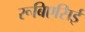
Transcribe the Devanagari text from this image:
रूबिएसिई